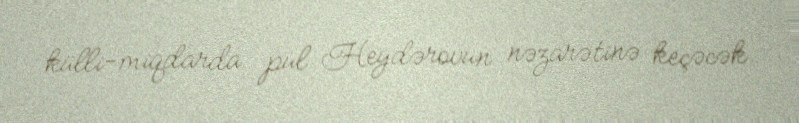
külli-miqdarda pul Heydərovun nəzarətinə keçəcək.